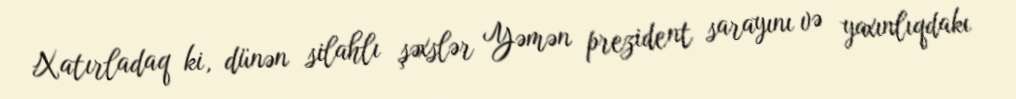
Xatırladaq ki, dünən silahlı şəxslər Yəmən prezident sarayını və yaxınlıqdakı